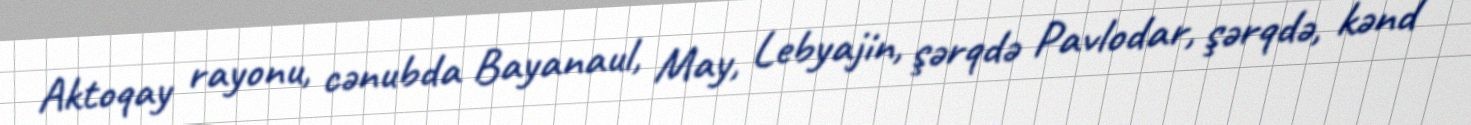
Aktoqay rayonu, cənubda Bayanaul, May, Lebyajin, şərqdə Pavlodar, şərqdə, kənd